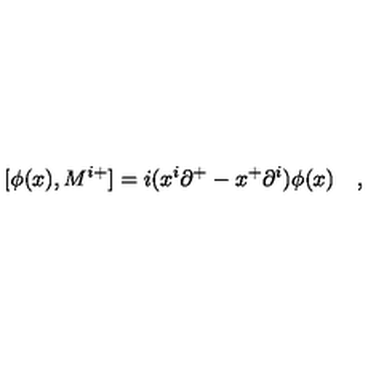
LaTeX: [ \phi ( x ) , M ^ { i + } ] = i ( x ^ { i } { \partial } ^ { + } - x ^ { + } { \partial } ^ { i } ) \phi ( x ) \quad ,